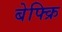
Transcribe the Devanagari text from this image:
बेफ्क्रि